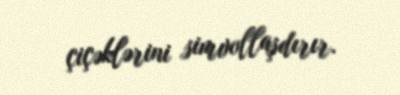
çiçəklərini simvollaşdırır.